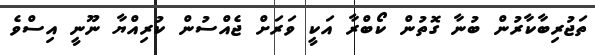
ތަޖުރިބާކާރުން ބުނާ ގޮތުން ކޯބްރާ އަކީ ވަރަށް ޖެއްސުން ކުރިއްޔާ ނޫނީ އިސްވެ